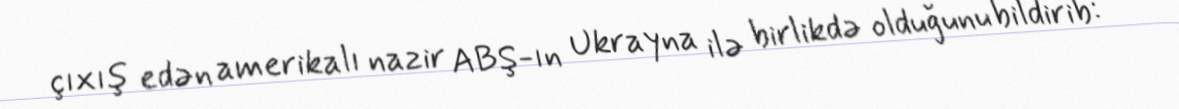
çıxış edən amerikalı nazir ABŞ-ın Ukrayna ilə birlikdə olduğunu bildirib: